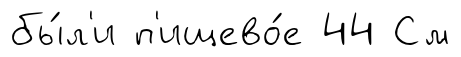
бы́л'и п'ищево́е 44 См